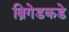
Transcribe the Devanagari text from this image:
ब्रिगेडकडे